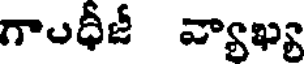
గాంధీజీ వ్యాఖ్య